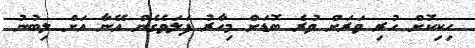
ހިކިކޮށް ހުރި ވަރަށް ވުރެ ބޮޑަށް މިހާރު ފަލަވެގެން އޭނާ އަށް ލިބުނު